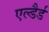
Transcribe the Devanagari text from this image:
एल्डैर्ड